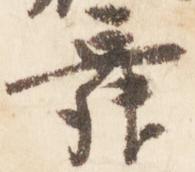
舞